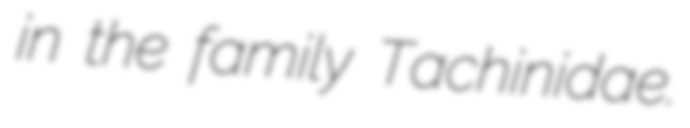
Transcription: in the family Tachinidae.